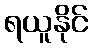
ရယူနိုင်